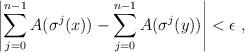
LaTeX: \begin{align*}\left| \sum_{j=0}^{n-1} A(\sigma^j(x)) - \sum_{j=0}^{n-1} A(\sigma^j(y)) \right| < \epsilon \ ,\end{align*}